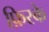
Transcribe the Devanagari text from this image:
फ़िरके